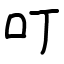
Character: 叮